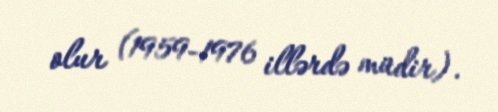
olur (1959-1976 illərdə müdir).